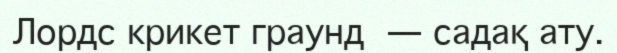
Лордс крикет граунд — садақ ату.